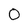
Character: O